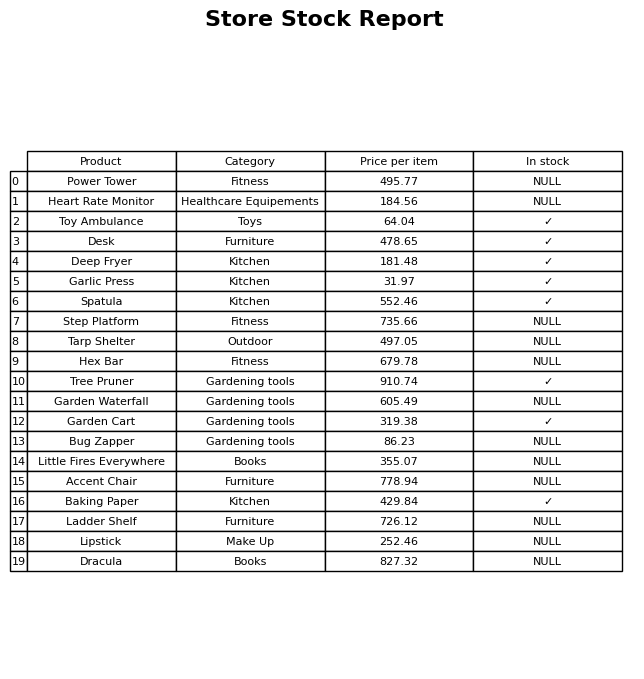
question: What is the price for Hex Bar?
answer: The price of Hex Bar is 679.78.